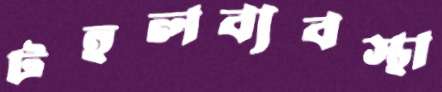
টহলব্যবস্থা